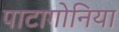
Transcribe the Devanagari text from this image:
पाटागोनिया